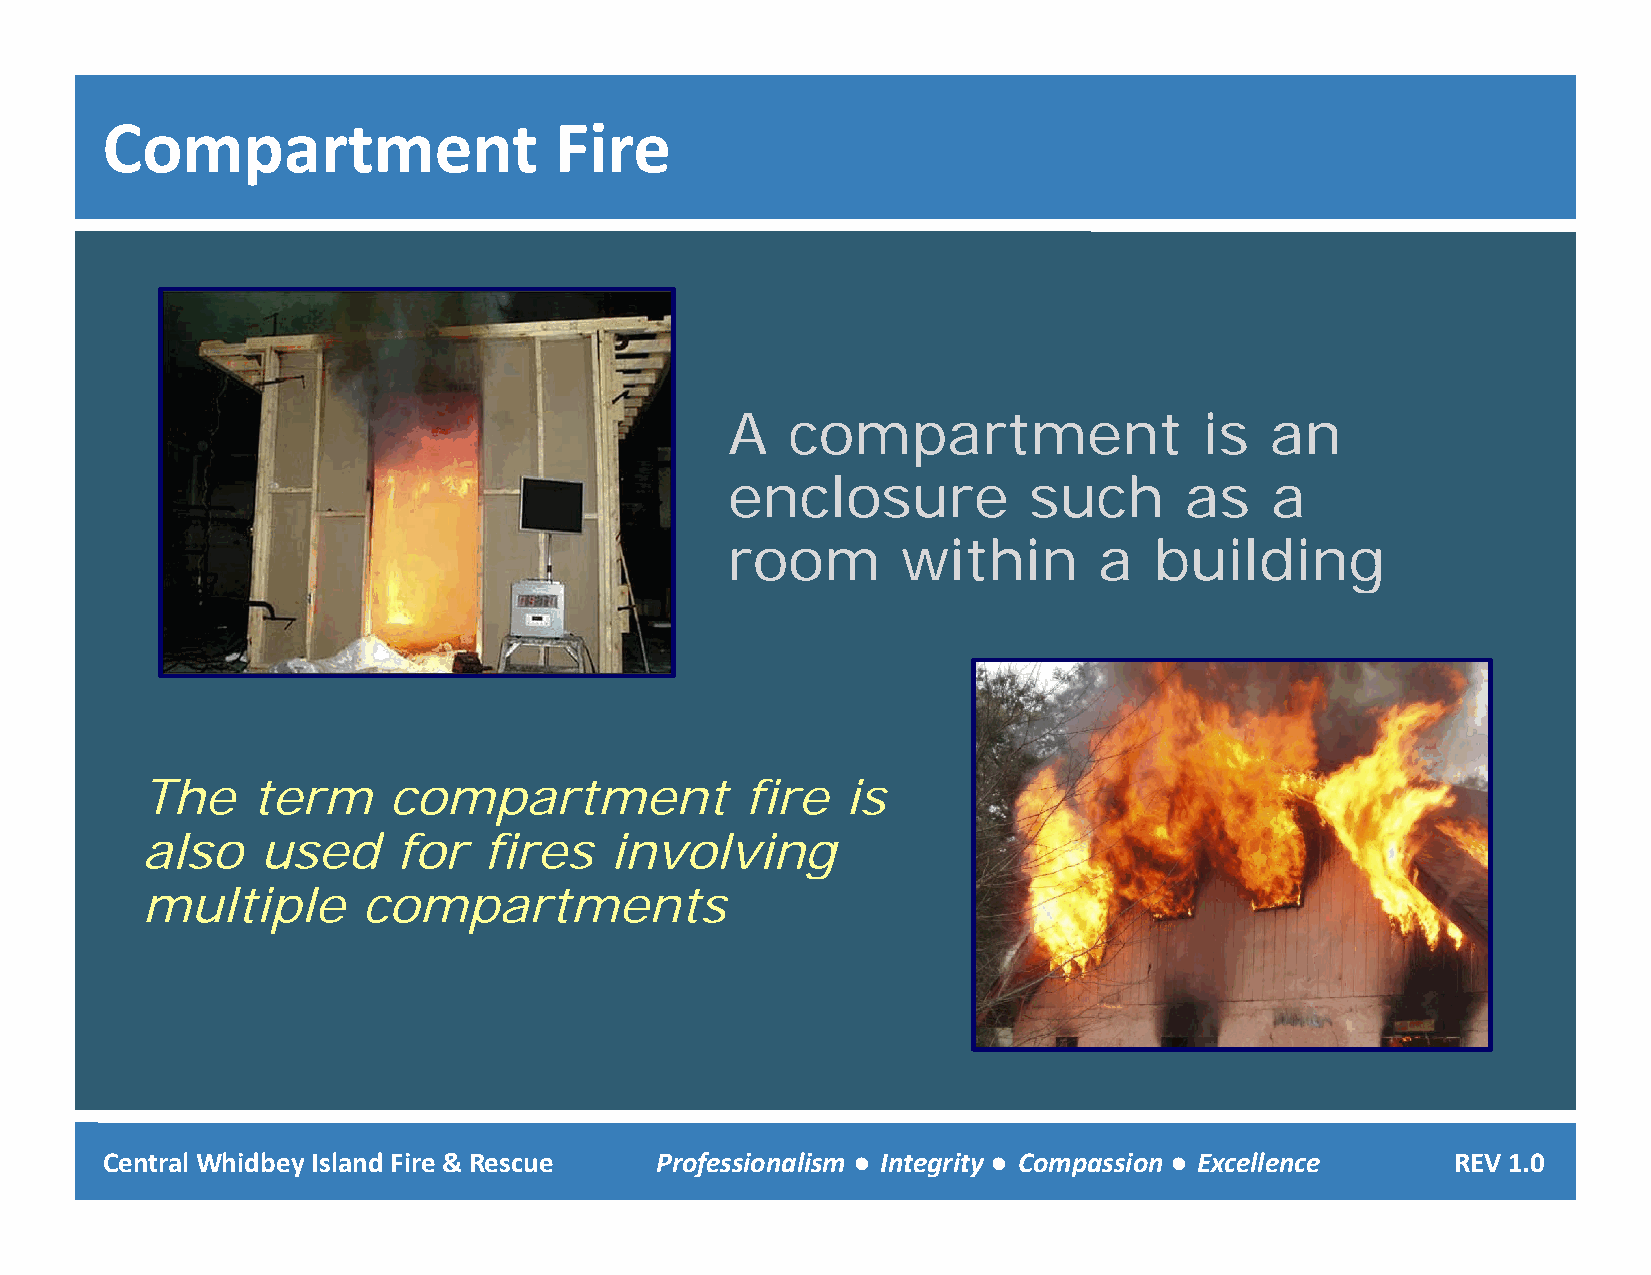
Compartment                   Fire
 A   compartment                 is  an
 enclosure           such      as    a
 rroooomm    wwiitthhiinn aa bbuuiillddiinngg
 The     term     compartment            fire   is
 also    used     for   fires   involvingg
 multiple       compartments
 Central Whidbey Island Fire & Rescue Professionalism ● Integrity ● Compassion ● Excellence REV 1.0